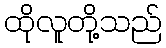
ထိုလူတို့သည်